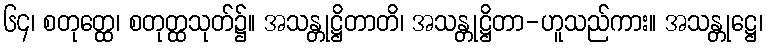
၆၄၊ စတုတ္ထေ၊ စတုတ္ထသုတ်၌။ အသန္တုဋ္ဌိတာတိ၊ အသန္တုဋ္ဌိတာ-ဟူသည်ကား။ အသန္တုဋ္ဌေ၊